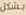
بشكل